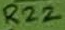
Text: R22